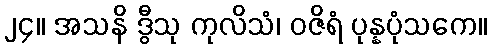
၂၄။ အသနိ ဒွီသု ကုလိသံ၊ ဝဇိရံ ပုန္နပုံသကေ။